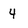
Character: 4